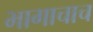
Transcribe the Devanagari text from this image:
भागाचाच